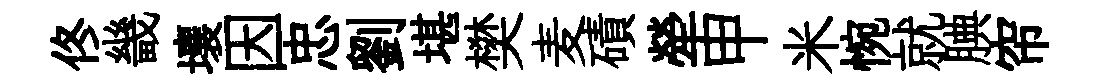
佟畿壤因忠劉堪樊麦磧犖甲米惋就腆帘